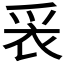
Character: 𬋧